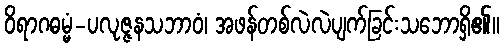
ဝိရာဂဓမ္မံ-ပလုဇ္ဇနသဘာဝံ၊ အဖန်တစ်လဲလဲပျက်ခြင်းသဘောရှိ၏။